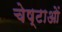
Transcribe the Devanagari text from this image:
चेष्‍टाओं